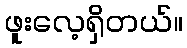
ဖူးလေ့ရှိတယ်။